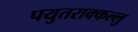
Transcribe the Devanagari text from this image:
पयुतराक्कल्लु